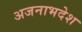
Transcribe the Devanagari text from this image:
अजनाभदेश